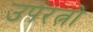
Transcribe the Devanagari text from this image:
उपरत्नो